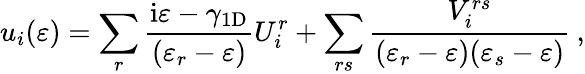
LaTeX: u_{i}(\varepsilon)=\sum_{r}\frac{\mathrm{i}\varepsilon-\gamma_{\mathrm{1D}}}{(\varepsilon_{r}-\varepsilon)}U_{i}^{r}+\sum_{rs}\frac{V_{i}^{rs}}{(\varepsilon_{r}-\varepsilon)(\varepsilon_{s}-\varepsilon)}\: ,